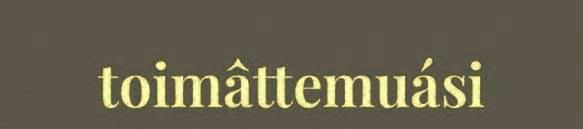
toimâttemuási